Madras plague regulations in force outside the Presidency town - Volume 1
Disease focus: Plague
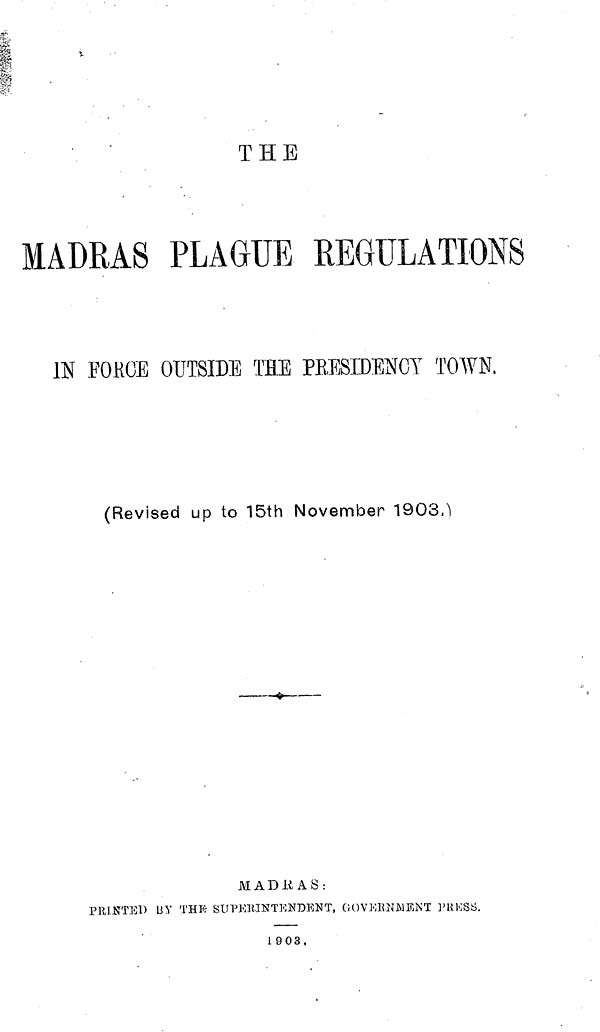
THE
MADRAS PLAGUE REGULATIONS
IN FORCE OUTSIDE THE PBESIDENGY TOWN,
(Revised up to 15th November 1903.)
MADRAS:
PRINTED BY THE SUPERINTENDENT, GOVERNMENT PRESS.
1903.